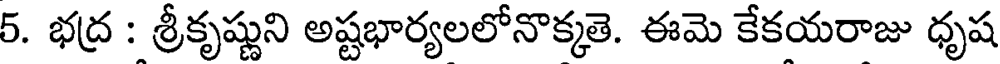
5. భద్ర : శ్రీకృష్ణుని అష్టభార్యలలోనొక్కతె. ఈమె కేకయరాజు ధృష